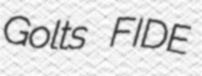
Golts FIDE